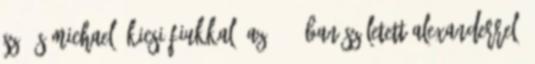
Szú és Michael, kicsi fiukkal, az 1973-ban született Alexanderrel.